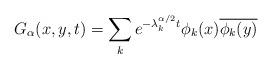
LaTeX: \begin{align*}G_{\alpha}(x,y,t)=\sum_{k}e^{-\lambda_k^{\alpha/2}t}\phi_k(x)\overline{\phi_k(y)}\end{align*}